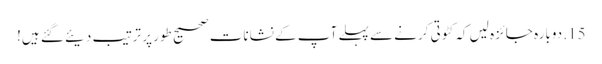
15. دوبارہ جائزہ لیں کہ کٹوتی کرنے سے پہلے آپ کے نشانات صحیح طور پر ترتیب دیئے گئے ہیں!